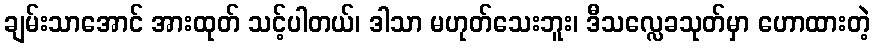
ချမ်းသာအောင် အားထုတ် သင့်ပါတယ်၊ ဒါသာ မဟုတ်သေးဘူး၊ ဒီသလ္လေခသုတ်မှာ ဟောထားတဲ့